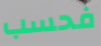
فحسب